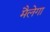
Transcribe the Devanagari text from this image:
मैलेगा